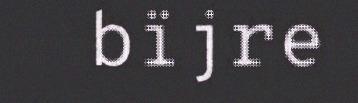
bïjre